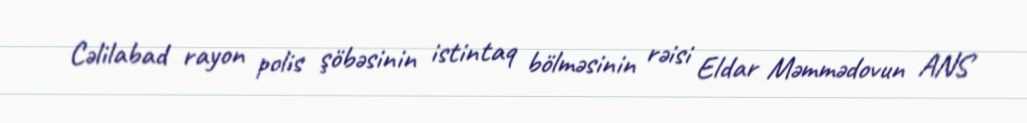
Cəlilabad rayon polis şöbəsinin istintaq bölməsinin rəisi Eldar Məmmədovun ANS